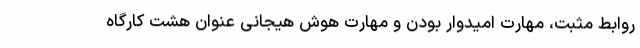
روابط مثبت، مهارت امیدوار بودن و مهارت هوش هیجانی عنوان ‌هشت کارگاه‌